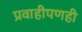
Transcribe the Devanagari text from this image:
प्रवाहीपणही